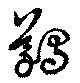
鸃